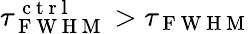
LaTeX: \tau_{\mathrm{~F~W~H~M~}}^{\mathrm{~c~t~r~l~}}>\tau_{\mathrm{~F~W~H~M~}}